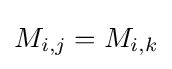
M_{i,j}=M_{i,k}